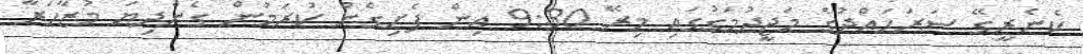
ކެނެރީގޭ ސަރަހައްދުގެ މަޖީދުމަގުގައި މިރޭ 9:30 އިން ފެށިގެން ކުރަމުން ގެންދިޔަ މުޒާހަރާ